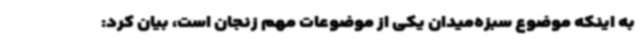
به اینکه موضوع سبزه‌میدان یکی از موضوعات مهم زنجان است، بیان کرد: